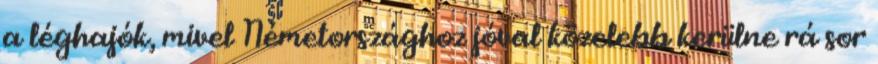
a léghajók, mivel Németországhoz jóval közelebb kerülne rá sor